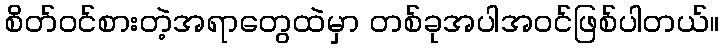
စိတ်ဝင်စားတဲ့အရာတွေထဲမှာ တစ်ခုအပါအဝင်ဖြစ်ပါတယ်။